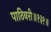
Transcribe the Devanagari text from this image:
पाठिवरी॥१३१॥